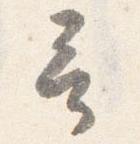
言